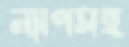
ন্যাপসহ